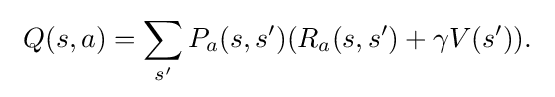
\ Q(s,a)=\sum _{s'}P_{a}(s,s')(R_{a}(s,s')+\gamma V(s')).\